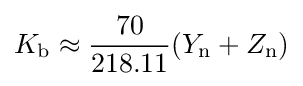
K_{\mathrm {b} }\approx {\frac {70}{218.11}}(Y_{\mathrm {n} }+Z_{\mathrm {n} })